65_HS1-834228961_62-HQ-83894_Section_2
Agency: FBI
Page 59
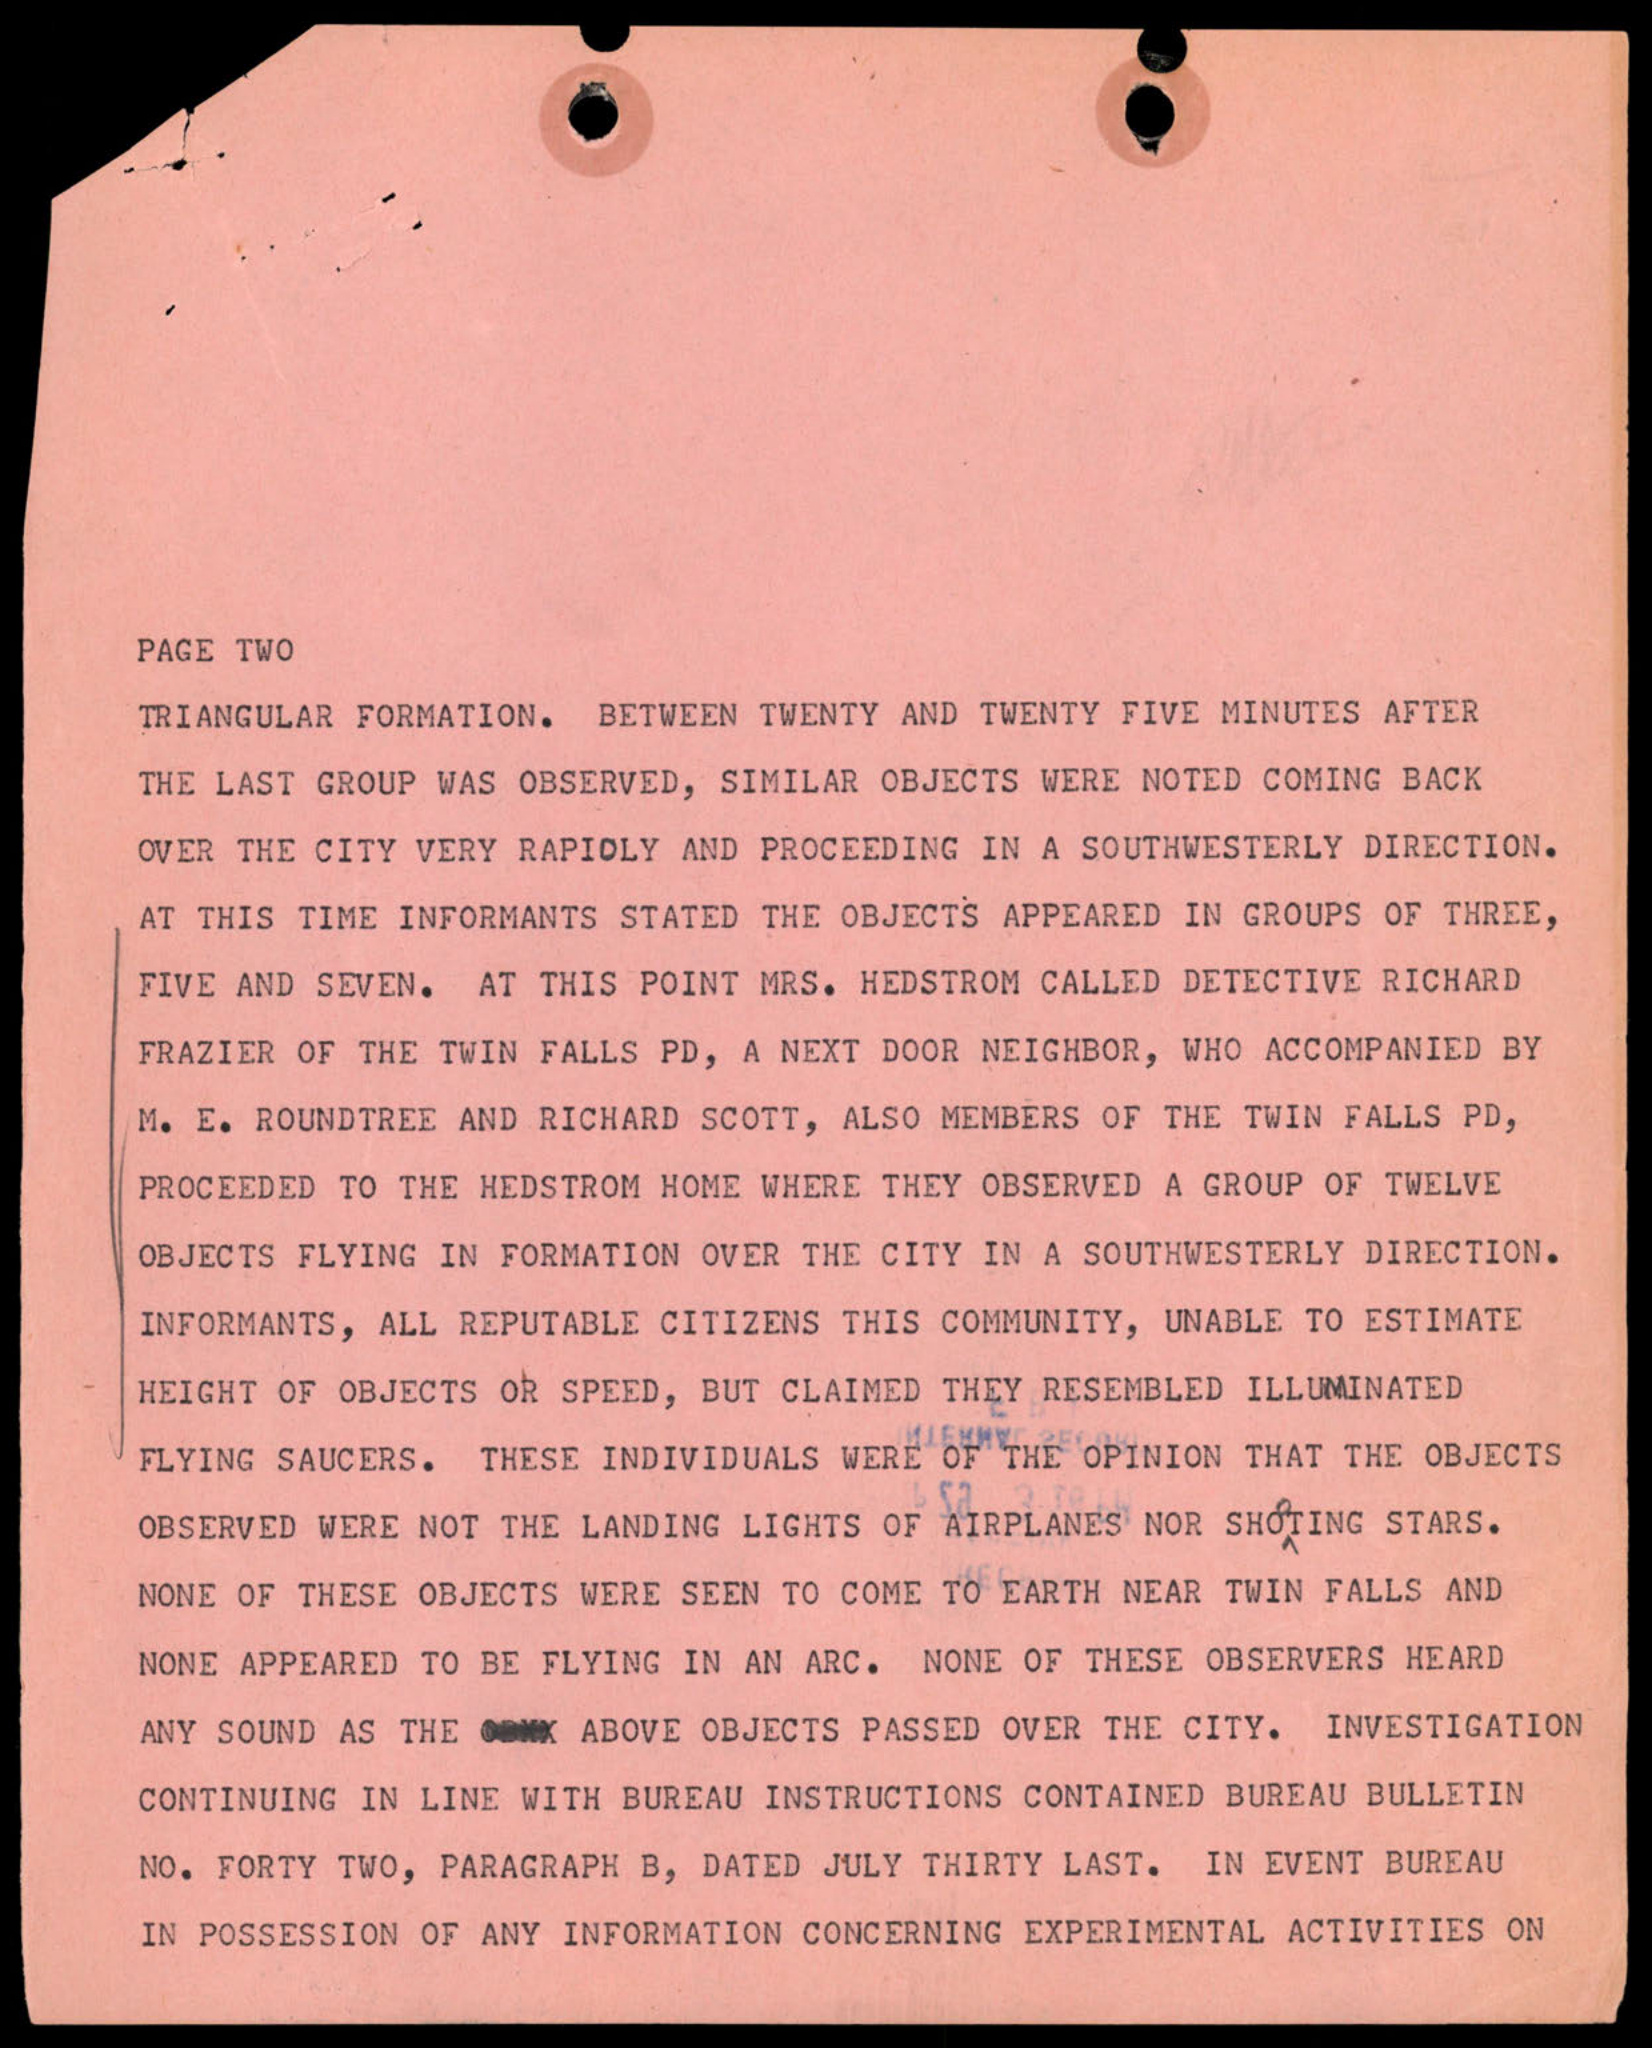